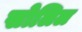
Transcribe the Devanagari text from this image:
सोलिल